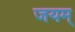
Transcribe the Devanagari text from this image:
जयम्